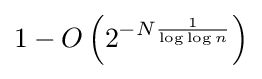
1-O\left(2^{-N{\frac {1}{\log \log n}}}\right)